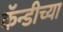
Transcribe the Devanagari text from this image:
कॅन्डीच्या